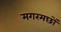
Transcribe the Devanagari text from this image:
मगरमछों